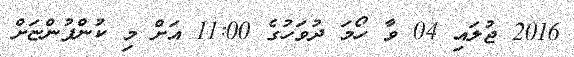
2016 ޖުލައި 04 ވާ ހޯމަ ދުވަހުގެ 11:00 އަށް މި ކުންފުންޏަށް